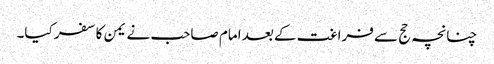
چنانچہ حج سے فراغت کے بعد امام صاحب نے یمن کا سفر کیا۔